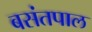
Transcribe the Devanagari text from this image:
बसंतपाल